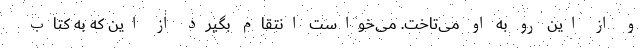
و از این رو به او می‌تاخت. می‌خواست انتقام بگیرد از این که به کتاب